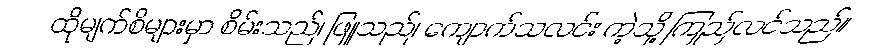
ထိုမျက်စိများမှာ စိမ်းသည်၊ ဖြူသည်၊ ကျောက်သလင်း ကဲ့သို့ ကြည်လင်သည်။